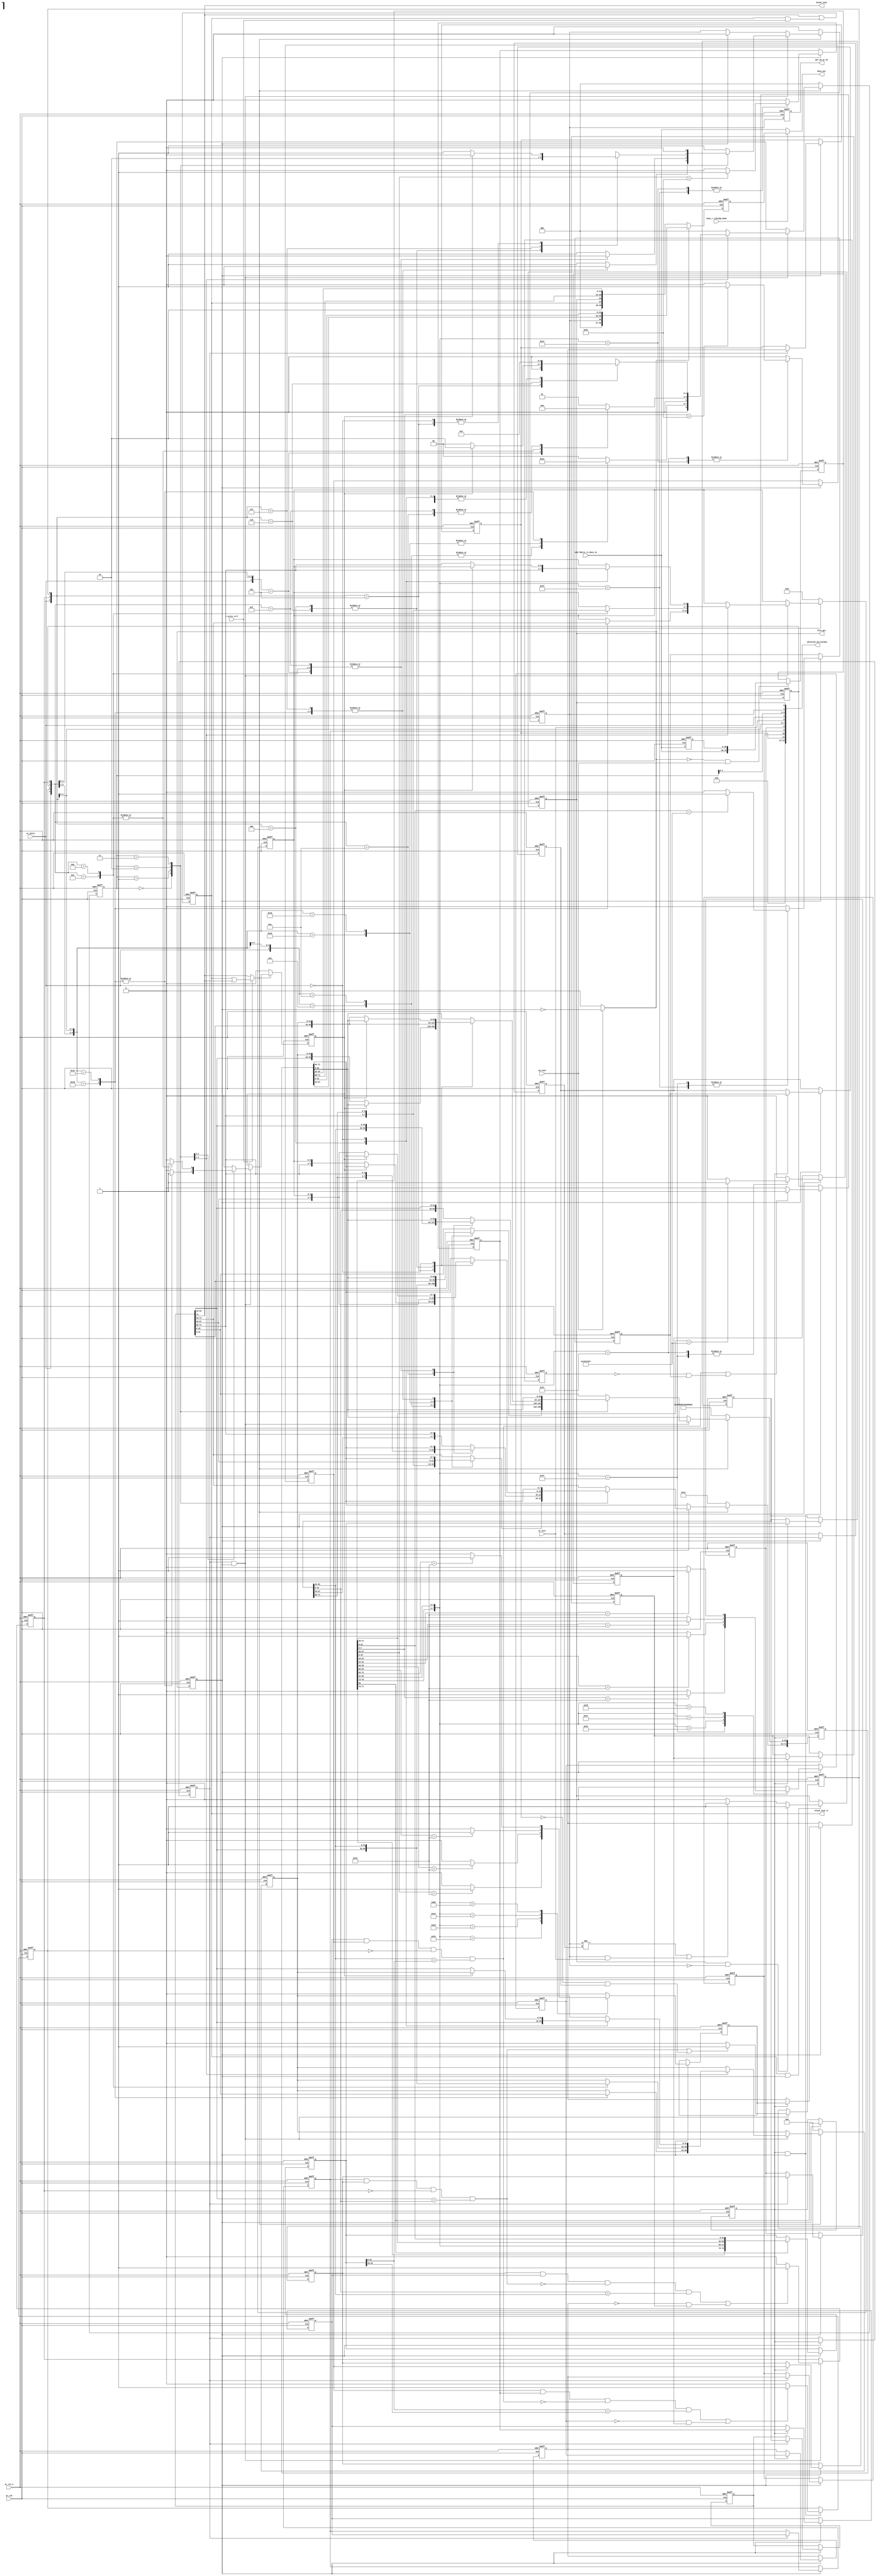
// This program was cloned from: https://github.com/intel/aib-phy-hardware
// License: Apache License 2.0

// SPDX-License-Identifier: Apache-2.0
// Copyright (C) 2019 Intel Corporation. All rights reserved
module hdpldadapt_rx_datapath_del_sm
    (
      input  wire                 wr_rst_n,        // Write Domain Active low Reset
      input  wire                 wr_clk,          // Write Domain Clock

      input  wire [39:0]   aib_fabric_rx_data_in,         // Write Data In 
      
//      input  wire [PCSCWIDTH-1:0] control_in,         // Frame information 
//      input  wire [PCSDWIDTH-1:0] data_in,         // Write Data In (Contains CTRL+DATA)
//      input  wire                 data_valid_in,   // Write Data In Valid 
//      input  wire [77:0]	  data_in;

      input  wire		  r_write_ctrl,
      
      input  wire                 wr_pfull,         // Write partial full 
      input  wire                 wr_full,         // Write full 

      input  wire	          wa_lock,	   // Word-align lock
      input  wire		  base_r_clkcomp_mode,
      
      output wire [19:0]	  deletion_sm_testbus,
      output wire [39:0]	  data_out,
      output wire		  block_lock,
      output reg		  block_lock_lt,
      output reg		  del_sm_wr_en,
      output reg		  fifo_del	  // FIFO deletion
    );

//********************************************************************
// Define Parameters 
//********************************************************************
//`include "hd_pcs10g_params.v"

   localparam PCSDWIDTH      = 'd64;    // PCS data width
   localparam PCSCWIDTH      = 'd10;     // PCS control width


// 10G, 40G & 100G  Ethernet Parameters
   // Spec Definitions
   // MII Control Characters - Unencoded
   localparam               XGMII_IDLE  = 8'h07;
   localparam               XGMII_START = 8'hfb;
   localparam               XGMII_TERM  = 8'hfd;
   localparam               XGMII_ERROR = 8'hfe;
   localparam               XGMII_SEQOS = 8'h9c;
   localparam               XGMII_RES0  = 8'h1c;
   localparam               XGMII_RES1  = 8'h3c;
   localparam               XGMII_RES2  = 8'h7c;
   localparam               XGMII_RES3  = 8'hbc;
   localparam               XGMII_RES4  = 8'hdc;
   localparam               XGMII_RES5  = 8'hf7;
   localparam               XGMII_SIGOS = 8'h5c;

   // Local Fault OS and Error Block - Unencoded 
   localparam               EBLOCK_R            = {8{XGMII_ERROR}};
   localparam               LBLOCK_R_10G        = {8'h1,8'h0,8'h0,XGMII_SEQOS,8'h1,8'h0,8'h0,XGMII_SEQOS};

// Shared Parameters
   // Control Bits 
   localparam               CTL_DATA         = 'd0;
   localparam               CTL_CTRL         = 'd1;
   localparam               CTL_ERR          = 'd8;
   localparam               CTL_BFL          = 'd9;


//   localparam 			    PCSDWIDTH      = 'd64,    // PCS data width
//   localparam 			    PCSCWIDTH      = 'd10     // PCS control width

   localparam                       WR_IDLE         = 3'd0; 
   localparam                       WR_ADD_NXT_DAT  = 3'd1; 
   localparam                       WR_ADD_STOR_DAT = 3'd2; 
   localparam                       WR_ADD_NULL_DAT = 3'd3; 
   localparam 			    WR_ADD_NO_DEL   = 3'd4;
   
   
   localparam                       XGMII_IDLE_WORD = {4{XGMII_IDLE}};
   
   localparam                       FIFO_DATA_DEFAULT = LBLOCK_R_10G;
   localparam                       FIFO_CTRL_DEFAULT = 10'h11;
   localparam   		    FIFO_DEFAULT = {FIFO_CTRL_DEFAULT, FIFO_DATA_DEFAULT};  
   
   localparam                       FDWIDTH = PCSDWIDTH+PCSCWIDTH;

//********************************************************************
// Define variables 
//********************************************************************


   wire [FDWIDTH-1:0]               wr_data_in;

   // Define variables 
   // Regs
   reg [FDWIDTH-1:0]                nx1_data_in;
   reg [FDWIDTH-1:0]                nx0_data_in;
   reg [FDWIDTH-1:0]                cur_data_in;
   reg                              nx1_data_valid_in;
   reg                              nx0_data_valid_in;
   reg                              cur_data_valid_in;
   reg                              nx1_lsoctet_os;
   reg                              nx1_lsoctet_idle;
   reg                              nx1_lsoctet_term;
   reg                              nx1_msoctet_os; 
   reg                              nx1_msoctet_idle;
   reg                              nx1_msoctet_term;
   reg                              nx0_lsoctet_os;
   reg                              nx0_lsoctet_idle;
   reg                              nx0_lsoctet_term;
   reg                              nx0_msoctet_os; 
   reg                              nx0_msoctet_idle;
   reg                              nx0_msoctet_term;
   reg                              cur_lsoctet_os;
   reg                              cur_lsoctet_idle;
   reg                              cur_lsoctet_term;
   reg                              cur_msoctet_os;
   reg                              cur_msoctet_idle;
   reg                              cur_msoctet_term;
   reg                              cur_msoctet_del;
   reg                              cur_lsoctet_del;
   reg                              nx0_msoctet_del;
   reg                              nx0_lsoctet_del;
//   reg                              wr_en;
   reg [FDWIDTH-3:0]                wr_data;
   reg [2:0]                        wr_del_sm;
   reg [31:0]                       store_lsd;
   reg [3:0]                        store_lsc;
   
   // Wires
   wire [31:0]                      cur_data_in_lsd;
   wire [31:0]                      cur_data_in_msd;
   wire [3:0]                       cur_data_in_lsc;
   wire [3:0]                       cur_data_in_msc;
   wire [31:0]                      nx0_data_in_lsd;
   wire [31:0]                      nx0_data_in_msd;
   wire [3:0]                       nx0_data_in_lsc;
   wire [3:0]                       nx0_data_in_msc;

   wire				    data_valid_in;
   wire	[63:0]			    data_in;
   wire [9:0]			    control_in;
//   wire				    block_lock;
   wire				    block_lock_sync;
//   reg			            block_lock_lt;
   wire			            block_lock_int;
   wire                 	    wr_srst_n;
   reg			            keep_store;
   reg				    wr_en;
   
// Extract data, control, DV bits
//assign control_in 	= data_in[9:0];
//assign data_valid_in 	= data_in[10];
//assign data_in_int 	= data_in[77:14];

   
   wire	[39:0]	aib_in = aib_fabric_rx_data_in;
   
   reg	[39:0]	aib_in_reg;
   reg  [79:0]			    fifo_in_2x;
   reg				    dv_2x_reg;
   wire				    dv_2x;

   wire	[79:0]			data_out_del_sm_aib_2x;
   reg	[39:0]			data_out_del_sm_aib;

always @(negedge wr_rst_n or posedge wr_clk) begin
   if (wr_rst_n == 1'b0) begin
      aib_in_reg         <= 'd0;
   end
   else begin
      aib_in_reg         <= aib_in;
   end
end

   
   always@(posedge wr_clk or negedge wr_rst_n) begin 
      if (!wr_rst_n) begin
        fifo_in_2x 		<= 'd0;
      end
      else if (~dv_2x && wa_lock) begin
        fifo_in_2x		<= {aib_in, aib_in_reg};
      end
   end

//assign fifo_in_2x = {aib_in, aib_in_reg};

assign {data_valid_in, control_in, data_in} = aib_2_teng_map(fifo_in_2x);

always @(negedge wr_rst_n or posedge wr_clk) begin
   if (wr_rst_n == 1'b0) begin
      dv_2x_reg         <= 1'b0;
   end
   else begin
      dv_2x_reg         <= dv_2x;
   end
end

assign dv_2x = ~wa_lock ? 1'b0: ~dv_2x_reg;



assign wr_data_in = {control_in, data_in};

//   always @(negedge wr_rst_n or posedge wr_clk) begin
//      if (wr_rst_n == 1'b0) begin
//         nx1_data_valid_in  <= 'd0; 
//         nx0_data_valid_in  <= 'd0; 
//         cur_data_valid_in  <= 'd0; 
//      end
//      else if (dv_2x) begin
//         nx1_data_valid_in  <= data_valid_in;
//         nx0_data_valid_in  <= nx1_data_valid_in;
//         cur_data_valid_in  <= nx0_data_valid_in;
//      end
//   end

   always @(negedge wr_rst_n or posedge wr_clk) begin
      if (wr_rst_n == 1'b0) begin
         nx1_data_valid_in  <= 'd0; 
         nx0_data_valid_in  <= 'd0; 
         cur_data_valid_in  <= 'd0; 
         nx1_data_in      <= 'd0; 
         nx0_data_in      <= 'd0; 
         cur_data_in      <= 'd0; 
      end
      else if (dv_2x_reg) begin
         nx1_data_valid_in  <= data_valid_in;
         nx0_data_valid_in  <= nx1_data_valid_in;
         cur_data_valid_in  <= nx0_data_valid_in;
         nx1_data_in      <= (data_valid_in)     ? wr_data_in     : nx1_data_in;
         nx0_data_in      <= (nx1_data_valid_in) ? nx1_data_in : nx0_data_in;
         cur_data_in      <= (nx0_data_valid_in) ? nx0_data_in : cur_data_in;

      end
   end

   always @(negedge wr_rst_n or posedge wr_clk) begin
      if (wr_rst_n == 1'b0) begin
//         nx1_data_in      <= 'd0; 
//         nx0_data_in      <= 'd0; 
//         cur_data_in      <= 'd0; 
         
         nx1_lsoctet_os   <= 'd0; 
         nx1_lsoctet_idle <= 'd0; 
         nx1_lsoctet_term <= 'd0; 
         nx1_msoctet_os   <= 'd0; 
         nx1_msoctet_idle <= 'd0; 
         nx1_msoctet_term <= 'd0; 
         
         nx0_lsoctet_os   <= 'd0; 
         nx0_lsoctet_idle <= 'd0; 
         nx0_lsoctet_term <= 'd0; 
         nx0_msoctet_os   <= 'd0; 
         nx0_msoctet_idle <= 'd0; 
         nx0_msoctet_term <= 'd0; 
         
         cur_lsoctet_os   <= 'd0; 
         cur_lsoctet_idle <= 'd0; 
         cur_lsoctet_term <= 'd0; 
         cur_msoctet_os   <= 'd0; 
         cur_msoctet_idle <= 'd0; 
         cur_msoctet_term <= 'd0; 
         
      end
      else if (dv_2x_reg) begin  
//      else begin  
//         nx1_data_in      <= (data_valid_in)     ? wr_data_in     : nx1_data_in;
//         nx0_data_in      <= (nx1_data_valid_in) ? nx1_data_in : nx0_data_in;
//         cur_data_in      <= (nx0_data_valid_in) ? nx0_data_in : cur_data_in;
         
         nx0_lsoctet_os   <= (nx1_data_valid_in) ? nx1_lsoctet_os   : nx0_lsoctet_os;     
         nx0_lsoctet_idle <= (nx1_data_valid_in) ? nx1_lsoctet_idle : nx0_lsoctet_idle; 
         nx0_lsoctet_term <= (nx1_data_valid_in) ? nx1_lsoctet_term : nx0_lsoctet_term; 
         nx0_msoctet_os   <= (nx1_data_valid_in) ? nx1_msoctet_os   : nx0_msoctet_os;  
         nx0_msoctet_idle <= (nx1_data_valid_in) ? nx1_msoctet_idle : nx0_msoctet_idle; 
         nx0_msoctet_term <= (nx1_data_valid_in) ? nx1_msoctet_term : nx0_msoctet_term;  
         
         cur_lsoctet_os   <= (nx0_data_valid_in) ? nx0_lsoctet_os   : cur_lsoctet_os;     
         cur_lsoctet_idle <= (nx0_data_valid_in) ? nx0_lsoctet_idle : cur_lsoctet_idle; 
         cur_lsoctet_term <= (nx0_data_valid_in) ? nx0_lsoctet_term : cur_lsoctet_term; 
         cur_msoctet_os   <= (nx0_data_valid_in) ? nx0_msoctet_os   : cur_msoctet_os;  
         cur_msoctet_idle <= (nx0_data_valid_in) ? nx0_msoctet_idle : cur_msoctet_idle; 
         cur_msoctet_term <= (nx0_data_valid_in) ? nx0_msoctet_term : cur_msoctet_term;  
         
         
         // Reset these before decoding
         nx1_lsoctet_os   <= 'd0; 
         nx1_lsoctet_idle <= 'd0; 
         nx1_lsoctet_term <= 'd0; 
         nx1_msoctet_os   <= 'd0; 
         nx1_msoctet_idle <= 'd0; 
         nx1_msoctet_term <= 'd0; 

         // Decode Next1 data
         case(wr_data_in[71:64])
           8'b1111_1111: begin 
              // 2nd row of Figure 49-7, BLOCK_TYPE_FIELD=8'h1e
              // Check if all bits are control, then if true, convert from XGMII to 10GBASE-R
              // C7,C6,C5,C4/C3,C2,C1,C0
              if (wr_data_in[63:32] == {4{XGMII_IDLE}}) begin
                 nx1_msoctet_idle <= 1'b1; 
              end
              else begin
                 nx1_msoctet_idle <= 1'b0; 
              end
              if (wr_data_in[31:0] == {4{XGMII_IDLE}}) begin
                 nx1_lsoctet_idle  <= 1'b1;
              end
              else begin
                 nx1_lsoctet_idle  <= 1'b0;
              end
              // 10th row of Figure 49-7, BLOCK_TYPE_FIELD=8'h87
              // C7,C6,C5,C4/C3,C2,C1,T0
              if (wr_data_in[7:0] == XGMII_TERM) begin
                 nx1_lsoctet_term <= 1'b1;
              end
              else begin
                 nx1_lsoctet_term <= 1'b0;
              end
           end
           8'b0001_1111: begin 
              // 3rd row of Figure 49-7, BLOCK_TYPE_FIELD=8'h2d
              // Check if HIGH ORDERED SET and 1st_XGMII_transfer = all_control. 
              // D7,D6,D5,O4/C3,C2,C1,C0
              if (wr_data_in[39:32] == XGMII_SEQOS) begin
                 nx1_msoctet_os <= 1'b1;
              end
              else begin
                 nx1_msoctet_os <= 1'b0;
              end
              if (wr_data_in[31:0] == {4{XGMII_IDLE}}) begin
                 nx1_lsoctet_idle <= 1'b1;
              end
              else begin
                 nx1_lsoctet_idle <= 1'b0;
              end
           end
           8'b0001_0001: begin 
              // 6th row of Figure 49-7, BLOCK_TYPE_FIELD=8'h66
              // D7,D6,D5,O4/D3,D2,D1,O0
              if (wr_data_in[39:32] == XGMII_SEQOS) begin
                 nx1_msoctet_os <= 1'b1;
              end
              else begin
                 nx1_msoctet_os <= 1'b0;
              end
              if (wr_data_in[7:0] == XGMII_SEQOS) begin
                 nx1_lsoctet_os <= 1'b1;
              end
              else begin
                 nx1_lsoctet_os <= 1'b0;
              end
           end
           8'b1111_0001: begin 
              // 8th row of Figure 49-7, BLOCK_TYPE_FIELD=8'h4b
              // C7,C6,C5,C4/D3,D2,D1,O0
              if (wr_data_in[63:32] == {4{XGMII_IDLE}}) begin
                 nx1_msoctet_idle <= 1'b1;
              end
              else begin
                 nx1_msoctet_idle <= 1'b0;
              end
              if (wr_data_in[7:0] == XGMII_SEQOS) begin
                 nx1_lsoctet_os <= 1'b1;
              end
              else begin
                 nx1_lsoctet_os <= 1'b0;
              end
           end
           8'b1111_1110: begin 
              // 10th row of Figure 49-7, BLOCK_TYPE_FIELD=8'h99
              // C7,C6,C5,C4/C3,C2,T1,D0
              if (wr_data_in[15:8] == XGMII_TERM) begin
                 nx1_lsoctet_term <= 1'b1;
              end
              else begin
                 nx1_lsoctet_term <= 1'b0;
              end
           end
           8'b1111_1100: begin 
              // 11th row of Figure 49-7, BLOCK_TYPE_FIELD=8'haa
              // C7,C6,C5,C4/C3,T2,D1,D0
              if (wr_data_in[23:16] == XGMII_TERM) begin
                 nx1_lsoctet_term <= 1'b1;
              end
              else begin
                 nx1_lsoctet_term <= 1'b0;
              end
           end
           8'b1111_1000: begin 
              // 12th row of Figure 49-7, BLOCK_TYPE_FIELD=8'hb4
              // C7,C6,C5,C4/T3,D2,D1,D0
              if (wr_data_in[31:24] == XGMII_TERM) begin
                 nx1_lsoctet_term <= 1'b1;
              end
              else begin
                 nx1_lsoctet_term <= 1'b0;
              end
           end
           8'b1111_0000: begin 
              // 13th row of Figure 49-7, BLOCK_TYPE_FIELD=8'hcc
              // C7,C6,C5,T4/D3,D2,D1,D0
              if (wr_data_in[39:32] == XGMII_TERM) begin
                 nx1_msoctet_term <= 1'b1;
              end
              else begin
                 nx1_msoctet_term <= 1'b0;
              end
           end
           8'b1110_0000: begin     
              // 14th row of Figure 49-7, BLOCK_TYPE_FIELD=8'hd2
              // C7,C6,T5,D4/D3,D2,D1,D0
              if (wr_data_in[47:40] == XGMII_TERM) begin
                 nx1_msoctet_term <= 1'b1;
              end
              else begin
                 nx1_msoctet_term <= 1'b0;
              end
           end
           8'b1100_0000: begin  
              // 15th row of Figure 49-7, BLOCK_TYPE_FIELD=8'he1
              // C7,T6,D5,D4/D3,D2,D1,D0
              if (wr_data_in[55:48] == XGMII_TERM) begin
                 nx1_msoctet_term <= 1'b1;
              end
              else begin
                 nx1_msoctet_term <= 1'b0;
              end
           end
           8'b1000_0000: begin  
              // 16th row of Figure 49-7, BLOCK_TYPE_FIELD=8'hff
              // T7,D6,D5,D4/D3,D2,D1,D0
              if (wr_data_in[63:56] == XGMII_TERM) begin
                 nx1_msoctet_term <= 1'b1;
              end
              else begin
                 nx1_msoctet_term <= 1'b0;
              end
           end
           default: begin
              nx1_lsoctet_os   <= 'd0; 
              nx1_lsoctet_idle <= 'd0; 
              nx1_lsoctet_term <= 'd0; 
              nx1_msoctet_os   <= 'd0; 
              nx1_msoctet_idle <= 'd0; 
              nx1_msoctet_term <= 'd0; 
           end
         endcase
      end
   end
   
   //********************************************************************
   // Delete the Current/Next0 LS OCTET if 
   //	1) Previous LS OCTET has T and Current LS OCTET is IDLE 
   //	--> this will make sure that there is miminum of 5 IPG
   //	2) Previous LS OCTET is not T & the Previous MS Octet is an OS 
   //	and is same as the current LS OCTET which is an OS 
   //	2) Previous MS OCTET is not T & the current LS octet is IDLE  
   //	
   // Delete the Current/Next0 MS OCTET if 
   //	1) Previous MS OCTET has T and Current MS OCTET is IDLE
   //	--> this will make sure that there is a minimum 5 IPG
   //	2) Previous LS OCTET is not T & the Previous MS Octet is an OS 
   //	and is same as the current LS OCTET which is an OS 
   //	2) Previous LS OCTET is not T & the current LS octet is IDLE  
   //********************************************************************
   // Current OS is delete-able if previous word is an OS and it's not delete-able

   always @(negedge wr_rst_n or posedge wr_clk) begin
      if (wr_rst_n == 1'b0) begin
         nx0_lsoctet_del <= 1'b0;
         nx0_msoctet_del <= 1'b0;
      end
      else begin
      if (nx1_data_valid_in && dv_2x_reg) begin
         // Decode for NEXT0 Data Decodes
         if ((((nx0_msoctet_os & nx1_lsoctet_os & !nx0_msoctet_del) & (nx0_data_in[63:32] == nx1_data_in[31:0]))) |
             (nx0_msoctet_term == 1'b0 & nx1_lsoctet_idle)) begin
            nx0_lsoctet_del <= 1'b1;
         end
         else begin
            nx0_lsoctet_del <= 1'b0;
         end
         
         if ((((nx1_lsoctet_os & nx1_msoctet_os & !((nx0_msoctet_os & nx1_lsoctet_os & !nx0_msoctet_del) & (nx0_data_in[63:32] == nx1_data_in[31:0]))) & (nx1_data_in[31:0] == nx1_data_in[63:32]))) |
             (nx1_lsoctet_term == 1'b0 & nx1_msoctet_idle)) begin
            nx0_msoctet_del <= 1'b1;
         end
         else begin
            nx0_msoctet_del <= 1'b0;
         end
      end            
      end
   end

   always @(negedge wr_rst_n or posedge wr_clk) begin
      if (wr_rst_n == 1'b0) begin
         cur_lsoctet_del <= 1'b0;
         cur_msoctet_del <= 1'b0;
      end
      else begin
      if (nx0_data_valid_in && dv_2x_reg) begin
         // Decode for Current Data Decodes
         if ((((cur_msoctet_os & nx0_lsoctet_os & !cur_msoctet_del) & (cur_data_in[63:32] == nx0_data_in[31:0]))) |
             (cur_msoctet_term == 1'b0 & nx0_lsoctet_idle)) begin
            cur_lsoctet_del <= 1'b1;
         end
         else begin
            cur_lsoctet_del <= 1'b0;
         end
         
         if ((((nx0_lsoctet_os & nx0_msoctet_os & !((cur_msoctet_os & nx0_lsoctet_os & !cur_msoctet_del) & (cur_data_in[63:32] == nx0_data_in[31:0]))) & (nx0_data_in[31:0] == nx0_data_in[63:32]))) | 
             (nx0_lsoctet_term == 1'b0 & nx0_msoctet_idle)) begin
            cur_msoctet_del <= 1'b1;
         end
         else begin
            cur_msoctet_del <= 1'b0;
         end       
      end         
      end
   end
   
   
   //********************************************************************
   // WRITE CLOCK DOMAIN: Delete 1 OCTET when PFULL. 
   // In order to stop the writing to the FOFO the following conditions has to be
   // true
   // 1) Check in the current received data if any octet can be deleted
   //    if it can be deleted, form a 64 it data by borrowing octet from next
   //    data  
   // 2) Before borrowing an octet from nex data, make sure the octet being
   //    borrowed is valid and not a ocetet that is to be deleted.
   // 3) If no valid octet are present in the next data, store the current octet
   //    until a valid data is received to form a 64 bit data.  
   //
   // The logic implemented below looks at the current 2 octet (MSB,LSB) and the next
   // 2 octet (MSB,LSB).
   // 
   // WR_IDLE: This is the default state. In this state are the 4 octets are looked
   // at to decide how to form the 64 bit data.
   // WR_ADD_NXT_DAT : In this state one VALID next data MSB/LSB octet is
   // combined with the current data MSB/LSB octet.
   // WR_ADD_STOR_DAT : In thei state the current data MSB/LSB is stored if the
   // next data does not have a vaid data (MSB/LSB octet of next data to be
   // deleted) 
   // WR_ADD_NULL_DAT: In this state, no data is formed and the fifo write enable
   // is pulled low for a clock cycle.
   //********************************************************************
   assign cur_data_in_lsd = cur_data_in[31:0];
   assign cur_data_in_msd = cur_data_in[63:32];
   assign cur_data_in_lsc = cur_data_in[67:64];
   assign cur_data_in_msc = cur_data_in[71:68];
   
   assign nx0_data_in_lsd = nx0_data_in[31:0];
   assign nx0_data_in_msd = nx0_data_in[63:32];
   assign nx0_data_in_lsc = nx0_data_in[67:64];
   assign nx0_data_in_msc = nx0_data_in[71:68];

//   assign block_lock 	= 	cur_data_in[PCSDWIDTH + CTL_BFL];	// Frame lock or Block lock status
//   assign block_lock 	= 	((phcomp_mode || basic_generic_mode) && wr_data_in[PCSDWIDTH + CTL_BFL] && (~r_bypass_blksync || r_fec_en)) || (base_r_clkcomp_mode && cur_data_in[PCSDWIDTH + CTL_BFL]);	// Frame lock or Block lock status
   assign block_lock 	= 	cur_data_in[PCSDWIDTH + CTL_BFL];

   always @(negedge wr_rst_n or posedge wr_clk) begin
      if (wr_rst_n == 1'b0) begin
         block_lock_lt            <= 1'b0;
      end
      else begin
         block_lock_lt            <= block_lock || (block_lock_lt && r_write_ctrl);
      end   
   end
   
   assign block_lock_int = r_write_ctrl ? (block_lock_lt ||block_lock) : block_lock;
   
   // Sequintial Part of SM
   always @(negedge wr_rst_n or posedge wr_clk) begin
      if (wr_rst_n == 1'b0) begin
         wr_en            <= 1'b0;
         wr_del_sm        <= WR_IDLE;
         wr_data	  <= FIFO_DEFAULT[FDWIDTH-3: 0];
         store_lsd        <= 'd0; 
         store_lsc        <= 'd0; 
	 keep_store  	  <= 1'b0;
      end
      else if (!block_lock_int) begin
         wr_en            <= 1'b0;
         wr_del_sm        <= WR_IDLE;
         wr_data	  <= FIFO_DEFAULT[FDWIDTH-3: 0];
         store_lsd        <= 'd0; 
         store_lsc        <= 'd0; 
	 keep_store  	  <= 1'b0;
      end   

      else if (nx0_data_valid_in  && dv_2x_reg) begin
	 keep_store  	  <= 'd0;
         
         case(wr_del_sm)
           WR_IDLE: begin
              casez({wr_pfull,  nx0_msoctet_del,nx0_lsoctet_del,  cur_msoctet_del,cur_lsoctet_del})
                5'b1_?0_01: begin
                   wr_del_sm        <= WR_ADD_NXT_DAT; 
                   wr_en            <= 1'b1;
                   wr_data[PCSDWIDTH-1:0] <= {nx0_data_in_lsd    , cur_data_in_msd};    // Data Bits
                   wr_data[FDWIDTH-3: PCSDWIDTH]<= {nx0_data_in_lsc    , cur_data_in_msc};    // Control Bits
                end
                5'b1_?0_10: begin
                   wr_del_sm        <= WR_ADD_NXT_DAT;
                   wr_en            <= 1'b1;
                   wr_data[PCSDWIDTH-1:0] <= {nx0_data_in_lsd    , cur_data_in_lsd};    // Data Bits
                   wr_data[FDWIDTH-3: PCSDWIDTH]<= {nx0_data_in_lsc    , cur_data_in_lsc};    // Control Bits
                end
                5'b1_01_01: begin
                   wr_del_sm        <= WR_ADD_NULL_DAT; 
                   wr_en            <= 1'b1;
                   wr_data[PCSDWIDTH-1:0] <= {nx0_data_in_msd    , cur_data_in_msd};    // Data Bits
                   wr_data[FDWIDTH-3: PCSDWIDTH]<= {nx0_data_in_msc    , cur_data_in_msc};    // Control Bits
                end
                5'b1_01_10: begin
                   wr_del_sm        <= WR_ADD_NULL_DAT;
                   wr_en            <= 1'b1;
                   wr_data[PCSDWIDTH-1:0] <= {nx0_data_in_msd    , cur_data_in_lsd};    // Data Bits
                   wr_data[FDWIDTH-3: PCSDWIDTH]<= {nx0_data_in_msc    , cur_data_in_lsc};    // Control Bits
                end
                5'b1_11_01: begin
                   wr_del_sm        <= WR_ADD_STOR_DAT; 
                   wr_en            <= 1'b0;
                   store_lsd        <= cur_data_in_msd; // Data Bits
                   store_lsc        <= cur_data_in_msc; // Data Bits
	 	   keep_store  	    <= 'd1;
                end
                5'b1_11_10: begin
                   wr_del_sm        <= WR_ADD_STOR_DAT; 
                   wr_en            <= 1'b0;
                   store_lsd        <= cur_data_in_lsd; // Data Bits
                   store_lsc        <= cur_data_in_lsc; // Control Bits 
	 	   keep_store  	    <= 'd1;
                end
                5'b1_??_11: begin
                   wr_del_sm        <= WR_IDLE;
                   wr_en            <= 1'b0;
                end
                default: begin
                   wr_del_sm        <= WR_IDLE;
                   wr_en            <= 1'b1;
                   wr_data[PCSDWIDTH-1:0] <= {cur_data_in_msd    , cur_data_in_lsd};    // Data Bits
                   wr_data[FDWIDTH-3: PCSDWIDTH]<= {cur_data_in_msc    , cur_data_in_lsc};    // Control Bits
                end
              endcase
           end
           WR_ADD_NXT_DAT: begin 
              casez({wr_pfull,nx0_msoctet_del,nx0_lsoctet_del,cur_msoctet_del})
                4'b1_?_01: begin
                   wr_del_sm        <= WR_IDLE; 
                   wr_en            <= 1'b0;
                end
                4'b1_0_10: begin
                   wr_del_sm        <= WR_ADD_NULL_DAT; 
                   wr_en            <= 1'b1;
                   wr_data[PCSDWIDTH-1:0] <= {nx0_data_in_msd    , cur_data_in_msd};    // Data Bits
                   wr_data[FDWIDTH-3: PCSDWIDTH]<= {nx0_data_in_msc    , cur_data_in_msc};    // Control Bits
                end
                4'b1_1_10: begin
                   wr_del_sm        <= WR_ADD_STOR_DAT; 
                   wr_en            <= 1'b0;
                   store_lsd        <= cur_data_in_msd; // Data Bits
                   store_lsc        <= cur_data_in_msc; // Control Bits
                   keep_store	    <= 1'b1;
                end
	        4'b1_0_11: begin
                   wr_del_sm        <= WR_ADD_STOR_DAT; 
                   wr_en            <= 1'b0;
                   store_lsd        <= nx0_data_in_msd; // HN
                   store_lsc        <= nx0_data_in_msc; // HN
	           keep_store  	    <= 1'b1;
                end
                4'b1_1_11: begin
                   wr_del_sm        <= WR_ADD_NULL_DAT; 
                   wr_en            <= 1'b0;
                end
                default: begin
                   wr_del_sm        <= WR_ADD_NXT_DAT;
                   wr_en            <= 1'b1;
                   wr_data[PCSDWIDTH-1:0] <= {nx0_data_in_lsd    , cur_data_in_msd};    // Data Bits
                   wr_data[FDWIDTH-3: PCSDWIDTH]<= {nx0_data_in_lsc    , cur_data_in_msc};    // Control Bits
                end
              endcase
           end
           WR_ADD_STOR_DAT: begin
              casez({wr_pfull,cur_msoctet_del,cur_lsoctet_del})
                3'b1_01: begin
                   if (!keep_store) begin  
                      wr_del_sm        <= WR_IDLE; 
                      wr_en            <= 1'b1;
                      wr_data[PCSDWIDTH-1:0] <= {cur_data_in_msd , store_lsd}; // Data Bits
                      wr_data[FDWIDTH-3: PCSDWIDTH]<= {cur_data_in_msc , store_lsc}; // Control Bits
                   end
                   else begin
                      wr_del_sm        <= WR_ADD_STOR_DAT;
                      wr_en            <= 1'b0;
                   end
                end
                3'b1_10: begin
                   wr_del_sm        <= WR_IDLE; 
                   wr_en            <= 1'b1;
                   wr_data[PCSDWIDTH-1:0] <= {cur_data_in_lsd , store_lsd}; // Data Bits
                   wr_data[FDWIDTH-3: PCSDWIDTH]<= {cur_data_in_lsc , store_lsc}; // Control Bits
                end
                3'b1_00: begin
                   wr_del_sm        <= WR_ADD_STOR_DAT;
                   wr_en            <= 1'b1;
                   wr_data[PCSDWIDTH-1:0] <= {cur_data_in_lsd , store_lsd}; // Data Bits
                   wr_data[FDWIDTH-3: PCSDWIDTH]<= {cur_data_in_lsc , store_lsc}; // Control Bits
                   store_lsd        <= cur_data_in_msd;               // Data Bits
                   store_lsc        <= cur_data_in_msc;               // Control Bits
                end
                3'b1_11: begin
                   wr_del_sm        <= WR_ADD_STOR_DAT;
                   wr_en            <= 1'b0;
                end
                default: begin
                   wr_del_sm        <= WR_ADD_STOR_DAT;
                   wr_en            <= 1'b1;
                   wr_data[PCSDWIDTH-1:0] <= {cur_data_in_lsd , store_lsd}; // Data Bits
                   wr_data[FDWIDTH-3: PCSDWIDTH]<= {cur_data_in_lsc , store_lsc}; // Control Bits
                   store_lsd        <= cur_data_in_msd;               // Data Bits
                   store_lsc        <= cur_data_in_msc;               // Control Bits
                end



                3'b0_??: begin
                   if (keep_store) begin  
                   wr_del_sm        <= WR_ADD_STOR_DAT;
                   wr_en            <= 1'b0;
                   end
                   else begin
                   wr_del_sm        <= WR_ADD_STOR_DAT;
                   wr_en            <= 1'b1;
                   wr_data[PCSDWIDTH-1:0] <= {cur_data_in_lsd , store_lsd}; // Data Bits
                   wr_data[FDWIDTH-3: PCSDWIDTH]<= {cur_data_in_lsc , store_lsc}; // Control Bits
                   store_lsd        <= cur_data_in_msd;               // Data Bits
                   store_lsc        <= cur_data_in_msc;               // Control Bits
                   end
                end



                
              endcase
           end
           WR_ADD_NULL_DAT: begin 
              wr_del_sm        <= WR_IDLE; 
              wr_en            <= 1'b0;
           end
           
           default: begin
              wr_del_sm        <= WR_IDLE;
              wr_en            <= 1'b1;
              wr_data[PCSDWIDTH-1:0] <= {cur_data_in_msd    , cur_data_in_lsd};    // Data Bits
              wr_data[FDWIDTH-3: PCSDWIDTH]<= {cur_data_in_msc    , cur_data_in_lsc};    // Control Bits
           end
           
         endcase
      end
      else if (dv_2x_reg) begin
         wr_en            <= 1'b0;
      end
   end



// 10G BaseR Deletion Flag
   always @(negedge wr_rst_n or posedge wr_clk) begin
      if (wr_rst_n == 1'b0) begin
         fifo_del  	<= 1'b0;
      end
//      else if (wr_en != cur_data_valid_in) begin
//         fifo_del  	<= 1'b1;
//      end
//      else if (cur_data_valid_in) begin
//         fifo_del  	<= 1'b0;
//      end
//   end     
// Bug fix: de-assert fifo_del after it's has been written to FIFO on next word
//      else if (block_lock_lt) begin
//         fifo_del  	<= (wr_en != cur_data_valid_in);
//      end
//   end
      else if (block_lock_lt && dv_2x_reg) begin 
        if (fifo_del && !wr_en) begin
	      fifo_del <= 1'b1;
	   end
        else if (wr_en != cur_data_valid_in || (wr_en & wr_full) ) begin
            fifo_del  	<= 1'b1; 
        end
        else begin 
            fifo_del  	<= 1'b0;      
        end
     end
   end   

   // Attach block lock and deletion flag to write data  
//   assign {control_out, data_out} = {block_lock_lt, fifo_del, wr_data[FDWIDTH-3:0]};

   assign     wr_srst_n    = (block_lock || r_write_ctrl); 
   

//   assign data_out = {wr_data[PCSDWIDTH-1:0], 2'b00, wr_srst_n, wr_en, block_lock_lt, fifo_del, wr_data[FDWIDTH-3: FDWIDTH-10]};  

assign data_out_del_sm_aib_2x = teng_2_aib_map({wr_en, block_lock_lt, fifo_del, wr_data[71:64], wr_data[63:0]});  

always @(negedge wr_rst_n or posedge wr_clk) begin
   if (wr_rst_n == 1'b0) begin
      data_out_del_sm_aib            <= 40'd0;
      del_sm_wr_en		     <= 1'b0;
   end
   else begin
      data_out_del_sm_aib            <= dv_2x ? data_out_del_sm_aib_2x[39:0] : data_out_del_sm_aib_2x[79:40];
      del_sm_wr_en		     <= wr_en;
   end   
end


assign data_out = ~base_r_clkcomp_mode ? aib_fabric_rx_data_in : data_out_del_sm_aib;  

function [79:0] teng_2_aib_map;
   input [74:0] teng_in;
   begin
// MB, rsvd, 38-b data, MB, 2 rsvd, 10-b control dv, 26-b data  --> New map: MB, 1b rsvd, ctrl[9:4], data[63:32], MB, 2-b rsvd, dv, ctrl[3:0], data[31:0] 
//     teng_2_aib_map = {1'b1, 1'b0, teng_in[63:26], 1'b0, 2'b00,teng_in[73:64], teng_in[74],teng_in[25:0]};
     teng_2_aib_map = {1'b1, 1'b0, teng_in[73:68], teng_in[63:32], 1'b0, 2'b00,teng_in[74], teng_in[67:64],teng_in[31:0]};
   end
endfunction


function [74:0] aib_2_teng_map;
   input [79:0] aib_data;
   begin
//     aib_2_teng_map = {aib_data[26], aib_data[36:27], aib_data[77:40], aib_data[25:0]};
     aib_2_teng_map = {aib_data[36], aib_data[77:72], aib_data[35:32], aib_data[71:40], aib_data[31:0]};
   end
endfunction

assign deletion_sm_testbus =	{9'd0, cur_msoctet_term, cur_lsoctet_term, cur_msoctet_os, cur_lsoctet_os, cur_msoctet_del, cur_lsoctet_del, wr_full, wr_pfull , wr_del_sm[1:0], wr_en, fifo_del};


endmodule